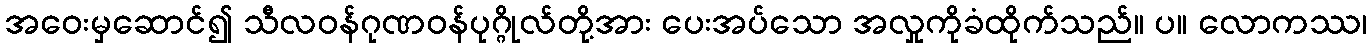
အဝေးမှဆောင်၍ သီလဝန်ဂုဏဝန်ပုဂ္ဂိုလ်တို့အား ပေးအပ်သော အလှုကိုခံထိုက်သည်။ ပ။ လောကဿ၊